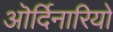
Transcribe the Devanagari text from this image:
ऒर्दिनारियो